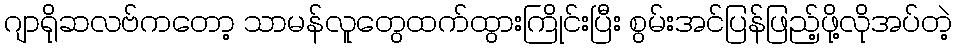
ဂျာရိုဆလဗ်ကတော့ သာမန်လူတွေထက်ထွားကြိုင်းပြီး စွမ်းအင်ပြန်ဖြည့်ဖို့လိုအပ်တဲ့